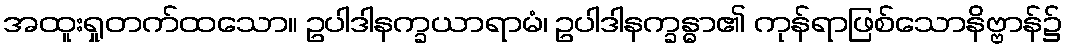
အထူးရှုတက်ထသော။ ဥပါဒါနက္ခယာရာမံ၊ ဥပါဒါနက္ခန္ဓာ၏ ကုန်ရာဖြစ်သောနိဗ္ဗာန်၌